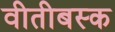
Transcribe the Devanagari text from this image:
वीतीबस्क